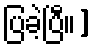
ပြခဲ့ပြီ။]